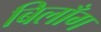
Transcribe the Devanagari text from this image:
बिलाँग